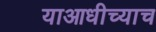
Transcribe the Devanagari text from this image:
याआधीच्याच